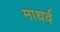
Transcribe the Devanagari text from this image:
माधर्व